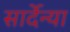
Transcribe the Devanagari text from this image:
सार्देन्या